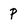
Character: p